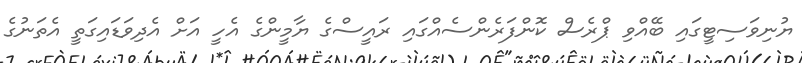
ޔުނިވަސިޓީގައި ބޭއްވި ޕްރެސް ކޮންފަރެންސެއްގައި ރައީސްގެ ޔާމީންގެ އެހީ އަށް އެދިވަޑައިގަތީ އެތަނުގެ